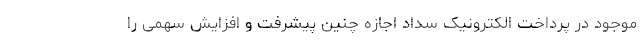
موجود در پرداخت الکترونیک سداد اجازه چنین پیشرفت و افزایش سهمی را